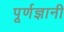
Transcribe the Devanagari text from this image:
पूर्णज्ञानी